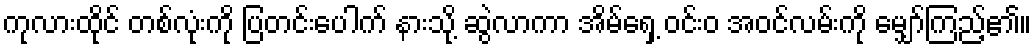
ကုလားထိုင် တစ်လုံးကို ပြတင်းပေါက် နားသို့ ဆွဲလာကာ အိမ်ရှေ့ ဝင်းဝ အဝင်လမ်းကို မျှော်ကြည့်၏။